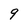
Character: 9